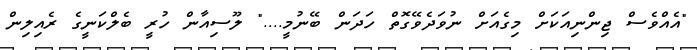
"އެއްވެސް ޖިންނިއަކަށް މިގެއަށް ނުވަދެވޭގޮތް ހަދަން ބޭނުމީ...." ލޫސިއާން ހުރީ ބެލްކަނީގެ ރެއިލިން